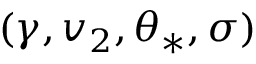
( \gamma , v _ { 2 } , \theta _ { \ast } , \sigma )